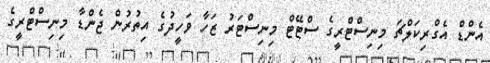
އެންޑް އެގްރިކަލްޗަ މިނިސްޓްރީގެ ސްޓޭޓް މިނިސްޓަރު ޒަހާ ވަހީދުގެ އިތުރުން ޖެންޑާ މިނިސްޓްރީގެ